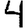
Digit: 4